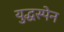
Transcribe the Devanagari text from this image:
युद्धस्पेन